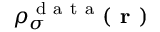
\rho _ { \sigma } ^ { \mathrm { ~ d ~ a ~ t ~ a ~ } } ( \boldsymbol { \textbf { r } } )